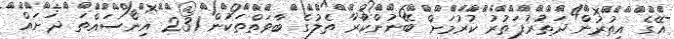
އޭގެ އިތުރުން ދަތުރުފަތުރު ކުރުމަށް ބޭނުންކުރާ ތެލުގެ ބާވަތްތަކުން 2.31 އިންސައްތަ ދަށައް